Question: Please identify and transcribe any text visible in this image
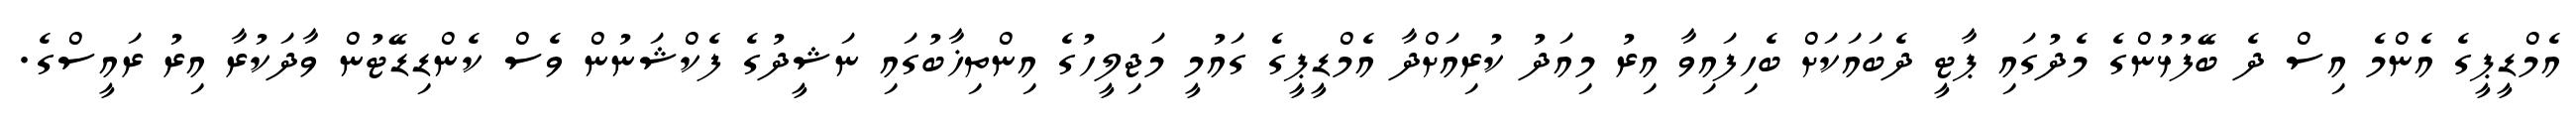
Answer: އެމްޑީޕީގެ އެންމެ އިސް ދެ ބޭފުޅުންގެ މެދުގައި ޕާޓީ ދެބައަކަށް ބެހިފައިވާ އިރު މިއަދު ކުރިއަށްދާ އެމްޑީޕީގެ ގައުމީ މަޖިލީހުގެ އިންތިޚާބުގައި ނަޝީދުގެ ފެކްޝަނުން ވެސް ކެންޑިޑޭޓުން ވާދަކުރާ އިރު ރައީސްގެ.